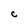
Character: C